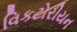
વિકટોરીયન